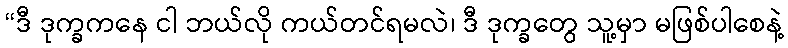
“ဒီ ဒုက္ခကနေ ငါ ဘယ်လို ကယ်တင်ရမလဲ၊ ဒီ ဒုက္ခတွေ သူ့မှာ မဖြစ်ပါစေနဲ့